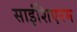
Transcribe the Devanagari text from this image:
साइंशिएरम